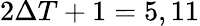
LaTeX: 2\Delta T+1=5,11